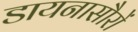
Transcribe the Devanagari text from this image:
डायनासौरों